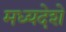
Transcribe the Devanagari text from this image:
मध्यदेशे